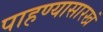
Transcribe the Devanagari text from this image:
पाहण्यासारखं